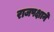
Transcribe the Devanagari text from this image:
राजपक्षाने